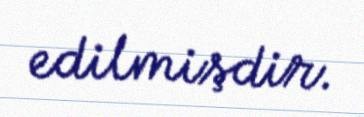
edilmişdir.